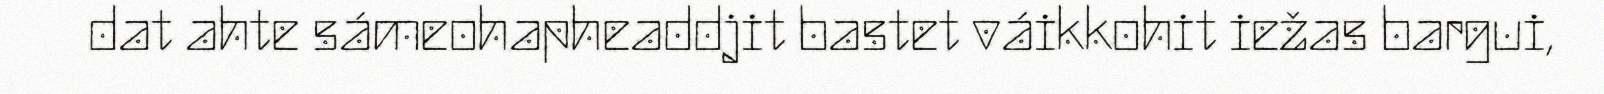
dat ahte sámeohapheaddjit bastet váikkohit iežas bargui,